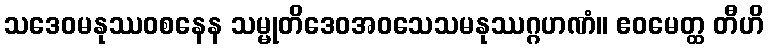
သဒေဝမနုဿဝစနေန သမ္မုတိဒေဝအဝသေသမနုဿဂ္ဂဟဏံ။ ဧဝမေတ္ထ တီဟိ